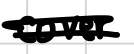
Text: cover
Cross-out: double-line
Writing tool: digital_black